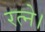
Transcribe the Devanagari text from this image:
रत्ने।